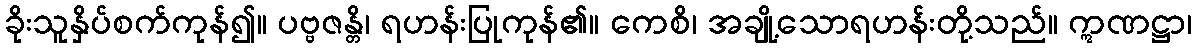
ခိုးသူနှိပ်စက်ကုန်၍။ ပဗ္ဗဇန္တိ၊ ရဟန်းပြုကုန်၏။ ကေစိ၊ အချို့သောရဟန်းတို့သည်။ ဣဏဋ္ဌာ၊